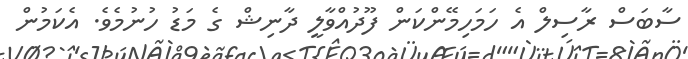
ސާބަސް ރާސިލް އެ ހަމަހިމޭންކަން ފޫދުއްވާލީ ދާނިޝް ގެ މަޑު ހުނުމެވެ. އެކަމުން